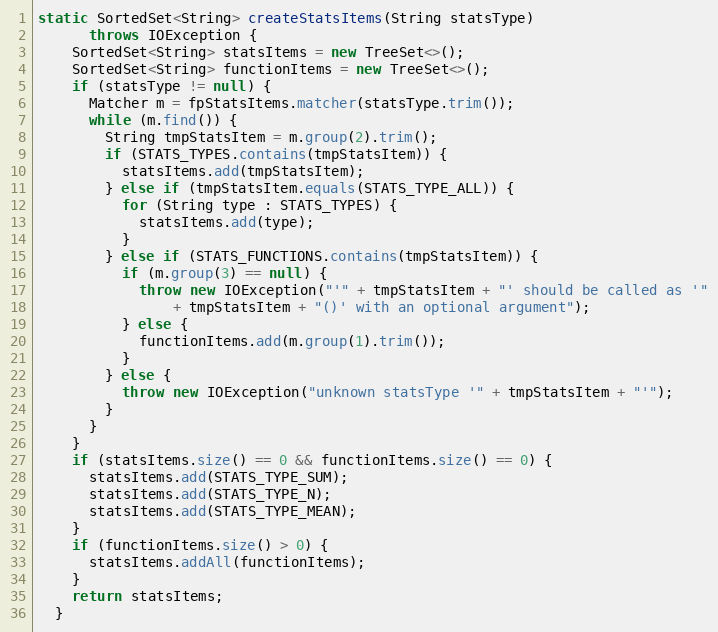
Language: Java
static SortedSet<String> createStatsItems(String statsType)
      throws IOException {
    SortedSet<String> statsItems = new TreeSet<>();
    SortedSet<String> functionItems = new TreeSet<>();
    if (statsType != null) {
      Matcher m = fpStatsItems.matcher(statsType.trim());
      while (m.find()) {
        String tmpStatsItem = m.group(2).trim();
        if (STATS_TYPES.contains(tmpStatsItem)) {
          statsItems.add(tmpStatsItem);
        } else if (tmpStatsItem.equals(STATS_TYPE_ALL)) {
          for (String type : STATS_TYPES) {
            statsItems.add(type);
          }
        } else if (STATS_FUNCTIONS.contains(tmpStatsItem)) {
          if (m.group(3) == null) {
            throw new IOException("'" + tmpStatsItem + "' should be called as '"
                + tmpStatsItem + "()' with an optional argument");
          } else {
            functionItems.add(m.group(1).trim());
          }
        } else {
          throw new IOException("unknown statsType '" + tmpStatsItem + "'");
        }
      }
    }
    if (statsItems.size() == 0 && functionItems.size() == 0) {
      statsItems.add(STATS_TYPE_SUM);
      statsItems.add(STATS_TYPE_N);
      statsItems.add(STATS_TYPE_MEAN);
    }
    if (functionItems.size() > 0) {
      statsItems.addAll(functionItems);
    }
    return statsItems;
  }